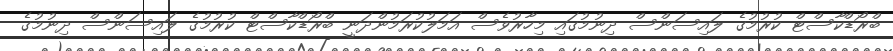
ބްރޯޑްކާސްޓް ކުރުމުގެ ލައިސަންސް ދިނުމުގައި މިހާރުވެސް އަމަލުކުރަމުންދަނީ ބްރޯޑްކާސްޓް ކުރުމުގެ ލައިސަންސް ދިނުމުގެ